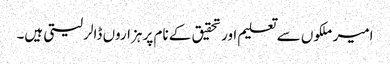
امیر ملکوں سے تعلیم اور تحقیق کے نام پر ہزاروں ڈالر لیتی ہیں۔